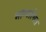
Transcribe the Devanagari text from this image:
भाग्याश्रित